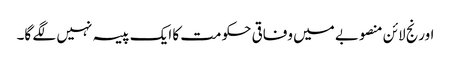
اورنج لائن منصوبے میں وفاقی حکومت کا ایک پیسہ نہیں لگے گا۔